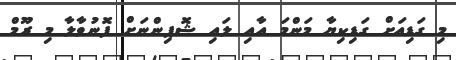
މި ގަޑިއަށް ގަޑިކިޔާ މަންމަ އާއި ލައި ޝޮޕިންނަށް ފޮނުވާލާ މި ރޫމް